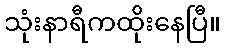
သုံးနာရီကထိုးနေပြီ။